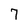
Character: 7